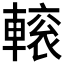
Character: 𨍽